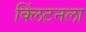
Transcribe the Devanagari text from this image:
क्लिंटनला